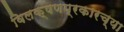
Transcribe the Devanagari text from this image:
विलक्षणप्रकारच्या